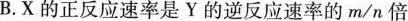
B.X的正反应速率是Y的逆反应速率的m/n倍